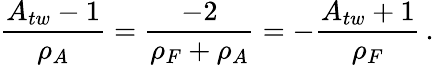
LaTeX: \frac{A_{tw}-1}{\rho_{A}}=\frac{-2}{\rho_{F}+\rho_{A}}=-\frac{A_{tw}+1}{\rho_{F}}\, .